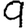
Digit: 9